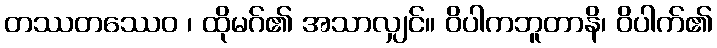
တဿတဿေဝ ၊ ထိုမဂ်၏ အသာလျှင်။ ဝိပါကဘူတာနိ၊ ဝိပါက်၏